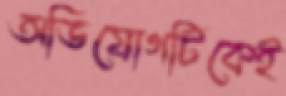
অভিযোগটিকেই